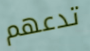
تدعهم